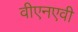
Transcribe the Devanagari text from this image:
वीएनएवी